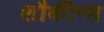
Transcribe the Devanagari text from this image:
शौकीन्स